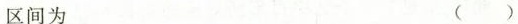
区间为 ( )